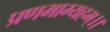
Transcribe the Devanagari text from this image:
प्रणमाम्यहम्।।